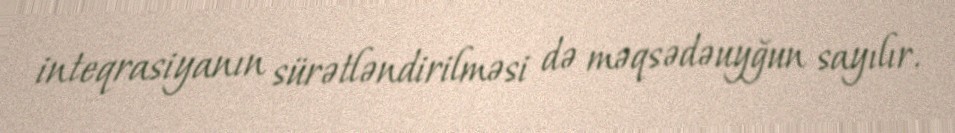
inteqrasiyanın sürətləndirilməsi də məqsədəuyğun sayılır.